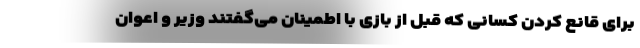
برای قانع کردن کسانی که قبل از بازی با اطمینان می‌گفتند وزیر و اعوان